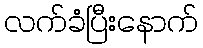
လက်ခံပြီးနောက်